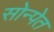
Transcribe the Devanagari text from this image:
सोन्पेत